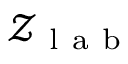
\mathcal { Z } _ { \mathrm { ~ l ~ a ~ b ~ } }